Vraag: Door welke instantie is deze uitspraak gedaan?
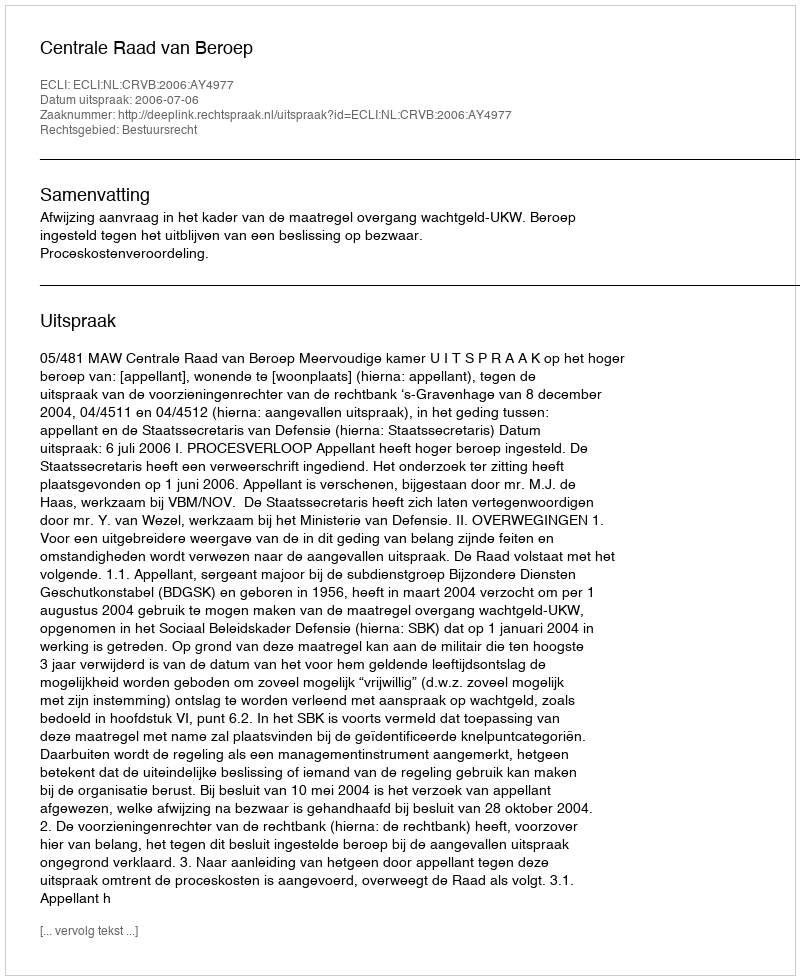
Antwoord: Centrale Raad van Beroep